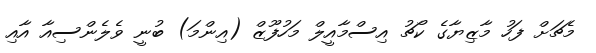
މެޗަށް ފަހު މާޒިޔާގެ ކޯޗު އިސްމާއީލް މަހުފޫޒް (އިންމަ) ބުނީ ވެލެންސިއާ އާއި